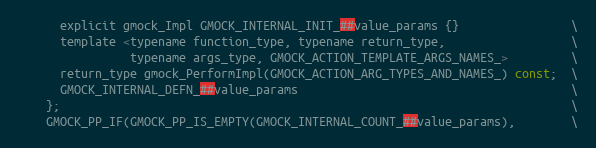
Language: C
      explicit gmock_Impl GMOCK_INTERNAL_INIT_##value_params {}                \
      template <typename function_type, typename return_type,                  \
                typename args_type, GMOCK_ACTION_TEMPLATE_ARGS_NAMES_>         \
      return_type gmock_PerformImpl(GMOCK_ACTION_ARG_TYPES_AND_NAMES_) const;  \
      GMOCK_INTERNAL_DEFN_##value_params                                       \
    };                                                                         \
    GMOCK_PP_IF(GMOCK_PP_IS_EMPTY(GMOCK_INTERNAL_COUNT_##value_params),        \